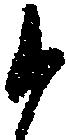
候